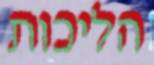
הליכות